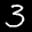
Label: 3